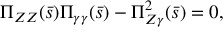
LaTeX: \Pi _ { Z Z } ( \bar { s } ) \Pi _ { \gamma \gamma } ( \bar { s } ) - \Pi _ { Z \gamma } ^ { 2 } ( \bar { s } ) = 0 ,